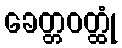
ခေတ္တဝတ္ထုံ